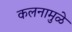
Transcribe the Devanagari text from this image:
कलनामुळे